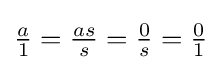
{\tfrac {a}{1}}={\tfrac {as}{s}}={\tfrac {0}{s}}={\tfrac {0}{1}}